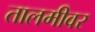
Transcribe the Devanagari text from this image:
तालमीवर